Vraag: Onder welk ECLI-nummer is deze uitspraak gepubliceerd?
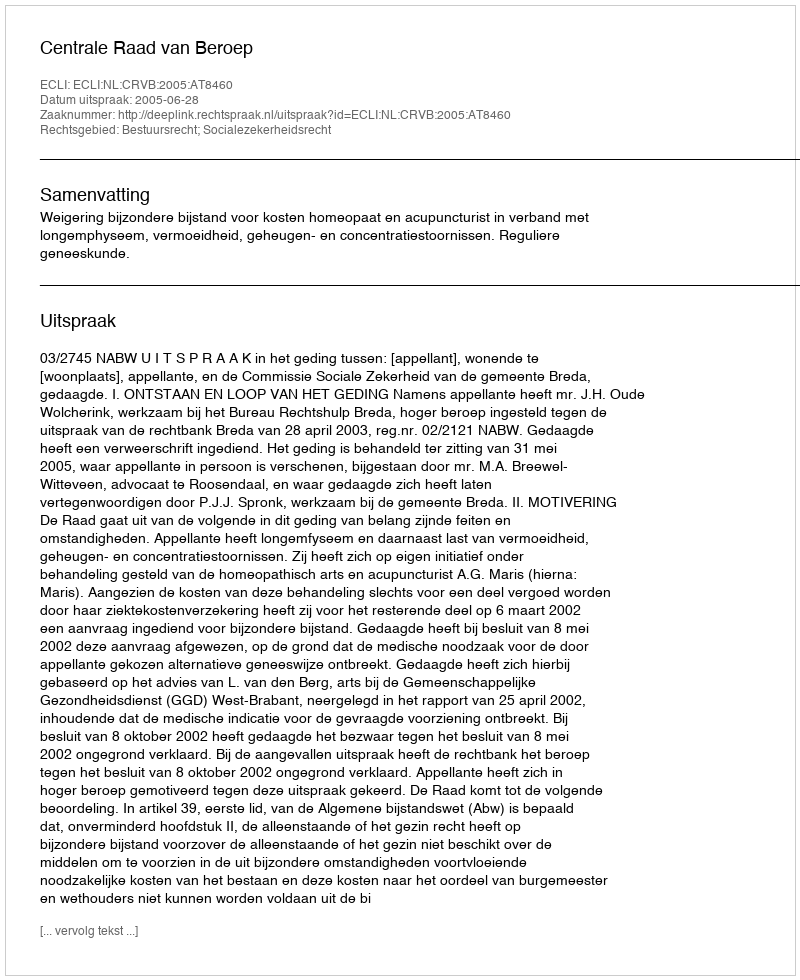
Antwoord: ECLI:NL:CRVB:2005:AT8460